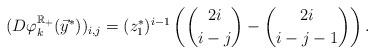
LaTeX: \begin{align*} (D\varphi_k^{\mathbb{R}_+}(\vec{y}^*))_{i, j} = (z_1^*)^{i-1} \left(\binom{2i}{i - j} - \binom{2i}{i - j - 1}\right). \end{align*}